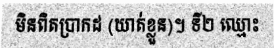
មិនពិតប្រាកដ (ឃាត់ខ្លួន)។ ទី២ ឈ្មោះ